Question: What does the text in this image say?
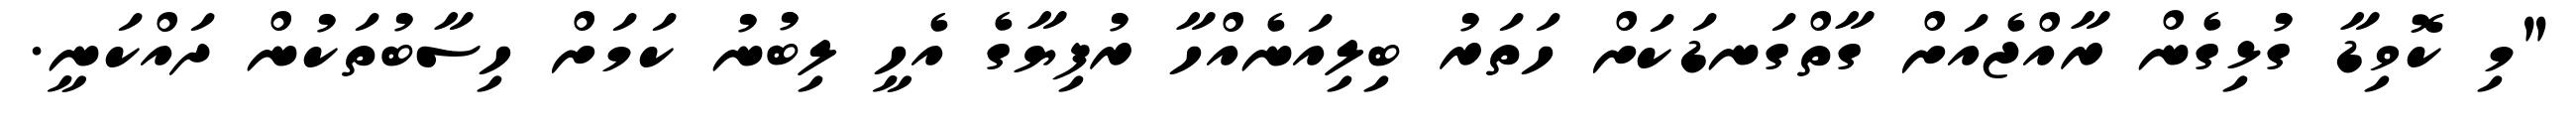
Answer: "މި ކޮވިޑާ ގުޅިގެން ރާއްޖެއަށް ގާތްގަނޑަކަށް ހަތަރު ބިލިއަނެއްހާ ރުފިޔާގެ އެހީ ލިބުނު ކަމަށް ހިސާބުތަކުން ދައްކަނީ.